Report on the working of the Ranchi Indian Mental Hospital, Kanke, in Bihar and Orissa - 1930-1940
Year: 1930
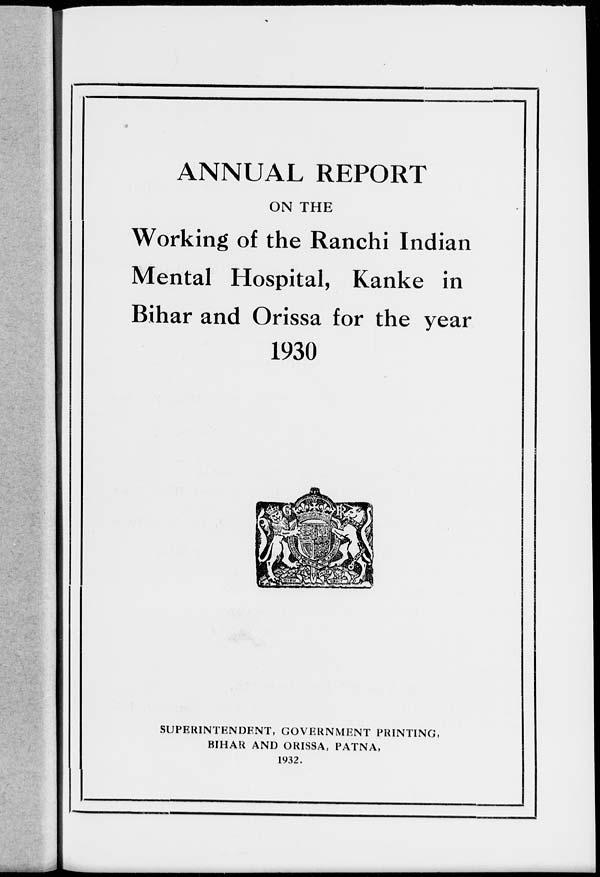
ANNUAL REPORT
ON THE
Working of the Ranchi Indian
Mental Hospital, Kanke in
Bihar and Orissa for the year
1930
SUPERINTENDENT, GOVERNMENT PRINTING,
BIHAR AND ORISSA, PATNA,
1932.